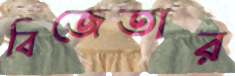
বিজেতার